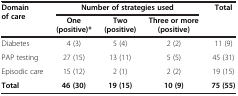
| <ROWSPAN=2> Domain of care | <COLSPAN=3> Number of strategies used | Total |
 | One (positive)* | Two (positive) | Three or more (positive) |  |
 | --- | --- | --- | --- | --- |
 | Diabetes | 4 (3) | 5 (4) | 2 (2) | 11 (9) |
 | PAP testing | 27 (15) | 13 (11) | 5 (5) | 45 (31) |
 | Episodic care | 15 (12) | 2 (1) | 2 (2) | 19 (15) |
 | Total | 46 (30) | 19 (15) | 10 (9) | 75 (55) |